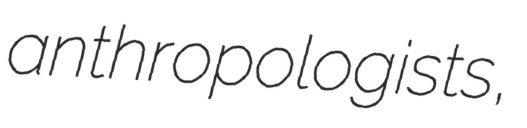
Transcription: anthropologists,